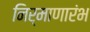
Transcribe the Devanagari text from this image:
निर्माणारंभ